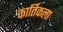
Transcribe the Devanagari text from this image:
कार्तिकला